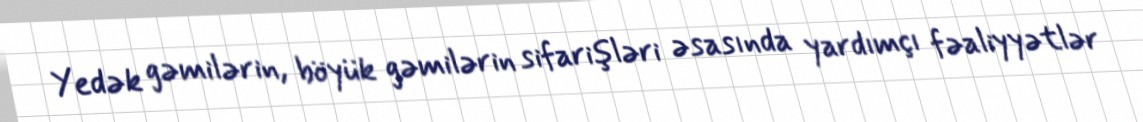
Yedək gəmilərin, böyük gəmilərin sifarişləri əsasında yardımçı fəaliyyətlər